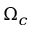
\Omega _ { c }